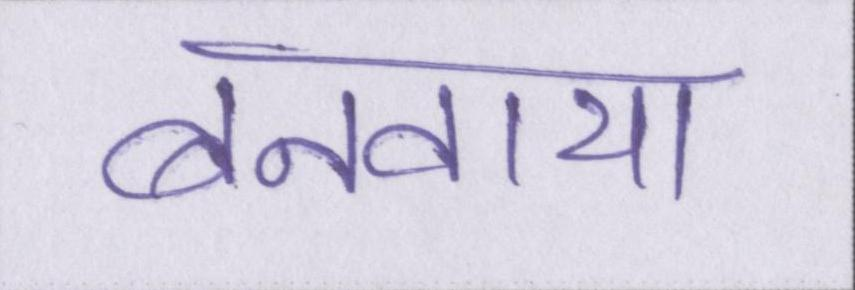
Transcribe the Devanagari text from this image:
बनवाया